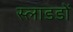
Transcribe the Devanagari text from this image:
स्लाडडों